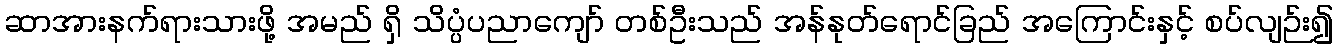
ဆာအားနက်ရားသားဖို့ အမည် ရှိ သိပ္ပံပညာကျော် တစ်ဦးသည် အန်နုတ်ရောင်ခြည် အကြောင်းနှင့် စပ်လျဉ်း၍